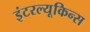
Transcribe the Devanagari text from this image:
इंटरल्यूकिन्स